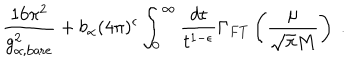
\frac { 1 6 \pi ^ { 2 } } { g _ { \alpha , { \scriptstyle \mathrm { b a r e } } } ^ { 2 } } + b _ { \alpha } ( 4 \pi ) ^ { \epsilon } \int _ { 0 } ^ { \infty } \frac { d t } { t ^ { 1 - \epsilon } } \Gamma _ { F T } \left( \frac { \mu } { \sqrt { \pi } M } \right) \ .